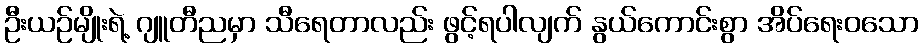
ဦးယဉ်မျိုးရဲ့ ဂျူတီညမှာ သီရေတာလည်း ဖွင့်ရပါလျက် နွယ်ကောင်းစွာ အိပ်ရေးဝသော